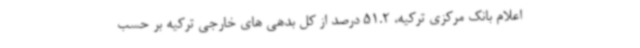
اعلام بانک مرکزی ترکیه، 51.2 درصد از کل بدهی های خارجی ترکیه بر حسب